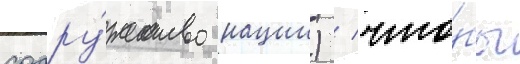
содру́жество нации) / что́бы